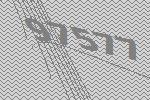
97577